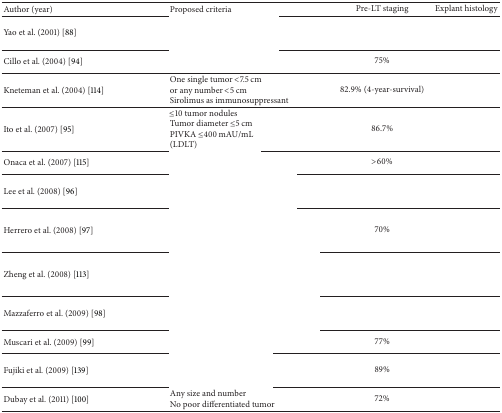
<table><thead><tr><td><b>Author (year)</b></td><td><b>Proposed criteria</b></td><td><b>Pre-LT staging</b></td><td><b>Explant histology</b></td></tr></thead><tbody><tr><td>Yao et al. (2001) [88]</td><td>[EMPTY_CELL]</td><td>[EMPTY_CELL]</td><td>[EMPTY_CELL]</td></tr><tr><td>Cillo et al. (2004) [94]</td><td>[EMPTY_CELL]</td><td>75%</td><td>[EMPTY_CELL]</td></tr><tr><td>Kneteman et al. (2004) [114]</td><td>One single tumor &lt;7.5 cmor any number &lt;5 cm Sirolimus as immunosuppressant</td><td>82.9% (4-year-survival)</td><td>[EMPTY_CELL]</td></tr><tr><td>Ito et al. (2007) [95]</td><td>≤10 tumor nodules Tumor diameter ≤5 cm PIVKA ≤400 mAU/mL (LDLT)</td><td>86.7%</td><td>[EMPTY_CELL]</td></tr><tr><td>Onaca et al. (2007) [115]</td><td>[EMPTY_CELL]</td><td>&gt;60%</td><td>[EMPTY_CELL]</td></tr><tr><td>Lee et al. (2008) [96]</td><td>[EMPTY_CELL]</td><td>[EMPTY_CELL]</td><td>[EMPTY_CELL]</td></tr><tr><td>Herrero et al. (2008) [97]</td><td>[EMPTY_CELL]</td><td>70%</td><td>[EMPTY_CELL]</td></tr><tr><td>Zheng et al. (2008) [113]</td><td>[EMPTY_CELL]</td><td>[EMPTY_CELL]</td><td>[EMPTY_CELL]</td></tr><tr><td>Mazzaferro et al. (2009) [98]</td><td>[EMPTY_CELL]</td><td>[EMPTY_CELL]</td><td>[EMPTY_CELL]</td></tr><tr><td>Muscari et al. (2009) [99]</td><td>[EMPTY_CELL]</td><td>77%</td><td>[EMPTY_CELL]</td></tr><tr><td>Fujiki et al. (2009) [139]</td><td>[EMPTY_CELL]</td><td>89%</td><td>[EMPTY_CELL]</td></tr><tr><td>Dubay et al. (2011) [100]</td><td>Any size and number No poor differentiated tumor </td><td>72%</td><td>[EMPTY_CELL]</td></tr></tbody></table>